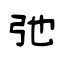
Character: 弛